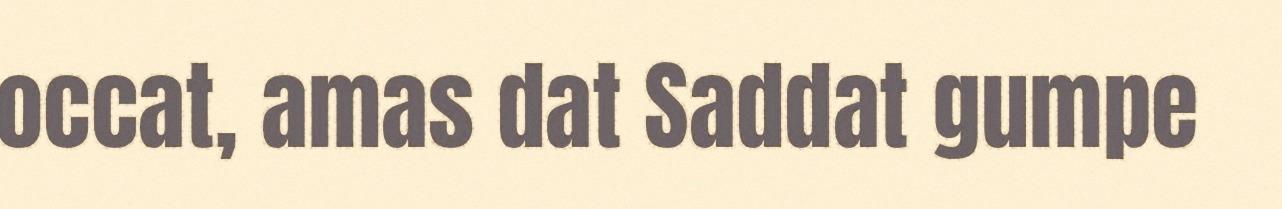
occat, amas dat Saddat gumpe